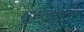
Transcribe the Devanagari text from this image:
शुभाशुभाचा